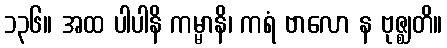
၁၃၆။ အထ ပါပါနိ ကမ္မာနိ၊ ကရံ ဗာလော န ဗုဇ္ဈတိ။